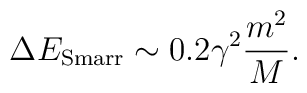
\Delta E_{\rm Smarr}\sim 0.2 \gamma^2 \frac{m^2}{M}.